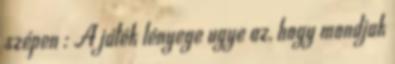
szépen : A játék lényege ugye az, hogy mondjak